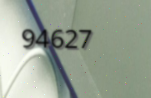
94627